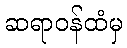
ဆရာဝန်ထံမှ